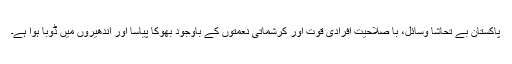
پاکستان بے تحاشا وسائل، با صلاحیت افرادی قوت اور کرشماتی نعمتوں کے باوجود بھوکا پیاسا اور اندھیروں میں ڈوبا ہوا ہے۔